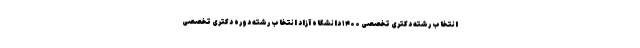
انتخاب رشته دکتری تخصصی ۱۴۰۰ دانشگاه آزاد انتخاب رشته دوره دکتری تخصصی